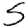
Digit: 5